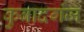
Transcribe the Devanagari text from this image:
कुबादगंज